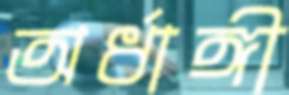
অর্ধাঙ্গী